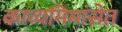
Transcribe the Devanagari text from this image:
काव्यमिमांसेत